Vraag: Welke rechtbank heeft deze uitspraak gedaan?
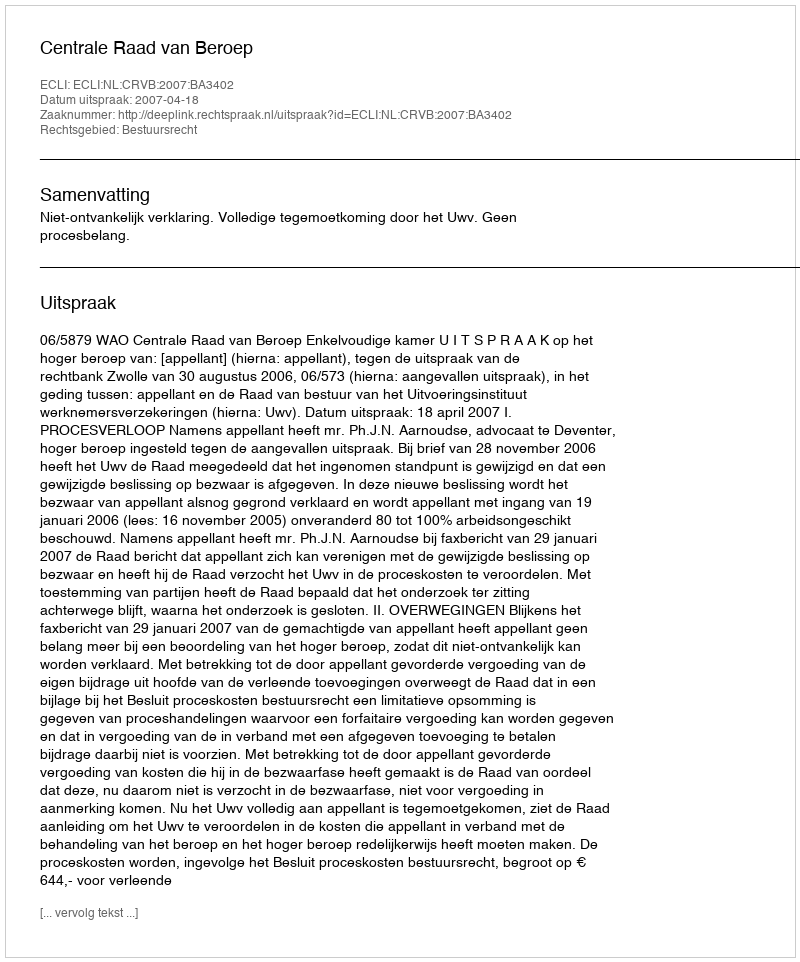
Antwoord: Centrale Raad van Beroep